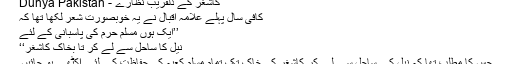
کاشغر کے دلفریب نظارے - Dunya Pakistan
کافی سال پہلے علامہ اقبال نے یہ خوبصورت شعر لکھا تھا کہ
’’ایک ہوں مسلم حرم کی پاسبانی کے لئے
نیل کا ساحل سے لے کر تا بخاکِ کاشغر‘‘
جس کا مطلب تھا کہ نیل کے ساحل سے لے کر کاشغر کی خاک تک تمام مسلم کعبہ کی حفاظت کے لئے اکٹھے ہو جائیں۔